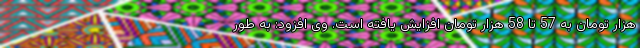
هزار تومان به 57 تا 58 هزار تومان افزایش یافته است. وی افزود: به طور